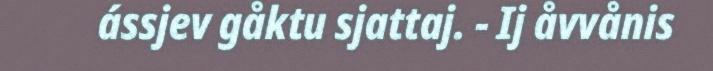
ássjev gåktu sjattaj. - Ij åvvånis